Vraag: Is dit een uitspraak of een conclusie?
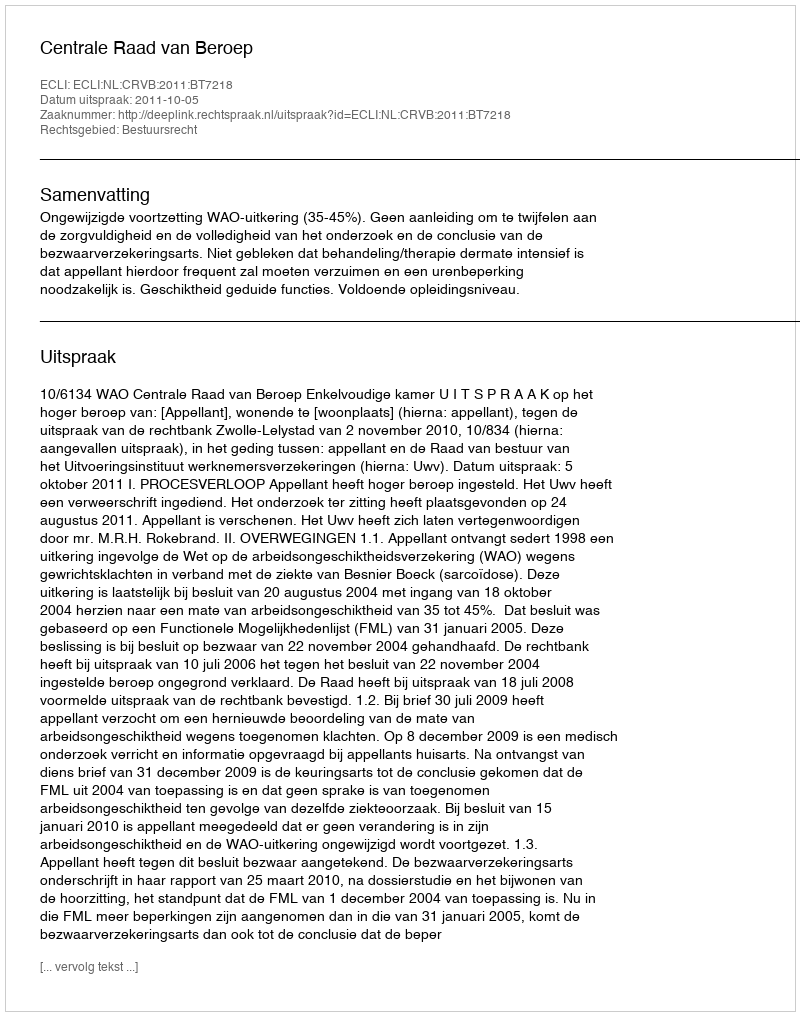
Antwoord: Uitspraak